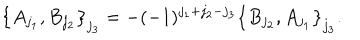
\big \{ A _ { j _ { 1 } } , B _ { j _ { 2 } } \big \} _ { j _ { 3 } } = - ( - 1 ) ^ { j _ { 1 } + j _ { 2 } - j _ { 3 } } \big \{ B _ { j _ { 2 } } , A _ { j _ { 1 } } \big \} _ { j _ { 3 } } .